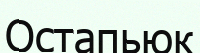
Остапьюк